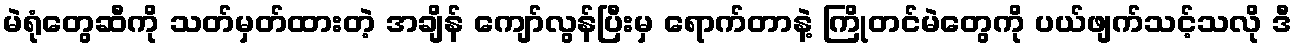
မဲရုံတွေဆီကို သတ်မှတ်ထားတဲ့ အချိန် ကျော်လွန်ပြီးမှ ရောက်တာနဲ့ ကြိုတင်မဲတွေကို ပယ်ဖျက်သင့်သလို ဒီ